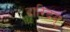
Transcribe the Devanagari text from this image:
दारिद्रय्